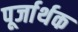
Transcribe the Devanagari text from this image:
पूर्जार्थक